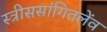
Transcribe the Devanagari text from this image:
स्त्रीससांगितलेंव